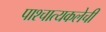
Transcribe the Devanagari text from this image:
पाश्चात्यकलेची